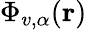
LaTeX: \Phi_{v,\alpha}({\mathbf r})